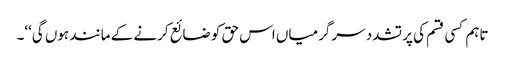
تاہم کسی قسم کی پر تشدد سرگرمیاں اس حق کو ضائع کرنے کے مانند ہوں گی‘‘۔